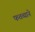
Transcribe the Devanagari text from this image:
फतव्याने